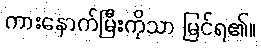
ကားနောက်မြီးကိုသာ မြင်ရ၏။